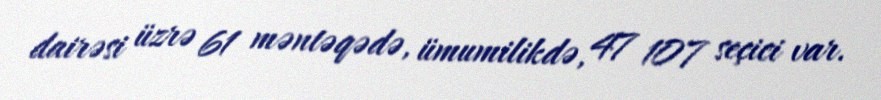
dairəsi üzrə 61 məntəqədə, ümumilikdə, 47 107 seçici var.